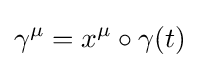
\gamma ^{\mu }=x^{\mu }\circ \gamma (t)